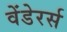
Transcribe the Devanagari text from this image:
वेंडेरर्स